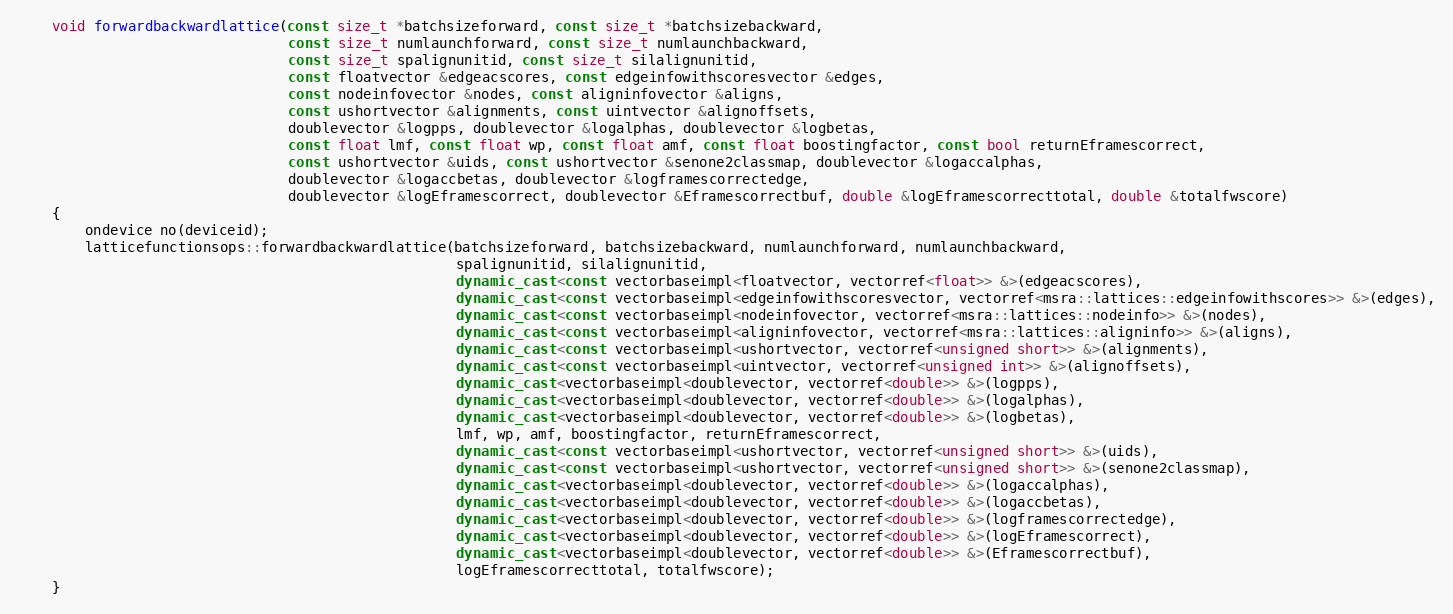
Language: C++
    void forwardbackwardlattice(const size_t *batchsizeforward, const size_t *batchsizebackward,
                                const size_t numlaunchforward, const size_t numlaunchbackward,
                                const size_t spalignunitid, const size_t silalignunitid,
                                const floatvector &edgeacscores, const edgeinfowithscoresvector &edges,
                                const nodeinfovector &nodes, const aligninfovector &aligns,
                                const ushortvector &alignments, const uintvector &alignoffsets,
                                doublevector &logpps, doublevector &logalphas, doublevector &logbetas,
                                const float lmf, const float wp, const float amf, const float boostingfactor, const bool returnEframescorrect,
                                const ushortvector &uids, const ushortvector &senone2classmap, doublevector &logaccalphas,
                                doublevector &logaccbetas, doublevector &logframescorrectedge,
                                doublevector &logEframescorrect, doublevector &Eframescorrectbuf, double &logEframescorrecttotal, double &totalfwscore)
    {
        ondevice no(deviceid);
        latticefunctionsops::forwardbackwardlattice(batchsizeforward, batchsizebackward, numlaunchforward, numlaunchbackward,
                                                    spalignunitid, silalignunitid,
                                                    dynamic_cast<const vectorbaseimpl<floatvector, vectorref<float>> &>(edgeacscores),
                                                    dynamic_cast<const vectorbaseimpl<edgeinfowithscoresvector, vectorref<msra::lattices::edgeinfowithscores>> &>(edges),
                                                    dynamic_cast<const vectorbaseimpl<nodeinfovector, vectorref<msra::lattices::nodeinfo>> &>(nodes),
                                                    dynamic_cast<const vectorbaseimpl<aligninfovector, vectorref<msra::lattices::aligninfo>> &>(aligns),
                                                    dynamic_cast<const vectorbaseimpl<ushortvector, vectorref<unsigned short>> &>(alignments),
                                                    dynamic_cast<const vectorbaseimpl<uintvector, vectorref<unsigned int>> &>(alignoffsets),
                                                    dynamic_cast<vectorbaseimpl<doublevector, vectorref<double>> &>(logpps),
                                                    dynamic_cast<vectorbaseimpl<doublevector, vectorref<double>> &>(logalphas),
                                                    dynamic_cast<vectorbaseimpl<doublevector, vectorref<double>> &>(logbetas),
                                                    lmf, wp, amf, boostingfactor, returnEframescorrect,
                                                    dynamic_cast<const vectorbaseimpl<ushortvector, vectorref<unsigned short>> &>(uids),
                                                    dynamic_cast<const vectorbaseimpl<ushortvector, vectorref<unsigned short>> &>(senone2classmap),
                                                    dynamic_cast<vectorbaseimpl<doublevector, vectorref<double>> &>(logaccalphas),
                                                    dynamic_cast<vectorbaseimpl<doublevector, vectorref<double>> &>(logaccbetas),
                                                    dynamic_cast<vectorbaseimpl<doublevector, vectorref<double>> &>(logframescorrectedge),
                                                    dynamic_cast<vectorbaseimpl<doublevector, vectorref<double>> &>(logEframescorrect),
                                                    dynamic_cast<vectorbaseimpl<doublevector, vectorref<double>> &>(Eframescorrectbuf),
                                                    logEframescorrecttotal, totalfwscore);
    }